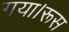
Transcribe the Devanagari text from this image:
गया।रूस